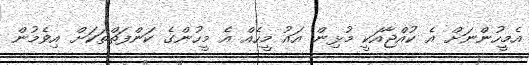
އެމީހުންނަށް އެ ކުއްޖާއަކީ މުޅިން އައު މީހެއް އެ މީހުންގެ ކަންފަތްތަކަށް އިވެމުން